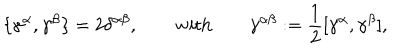
\{ \gamma ^ { \alpha } , \gamma ^ { \beta } \} = 2 \delta ^ { \alpha \beta } , \qquad \mathrm { w i t h } \qquad \gamma ^ { \alpha \beta } : = { \frac { 1 } { 2 } } [ \gamma ^ { \alpha } , \gamma ^ { \beta } ] ,